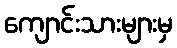
ကျောင်းသားများမှ